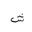
Letter: _shin